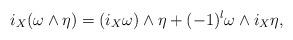
LaTeX: \begin{align*}i_X(\omega\wedge \eta)=(i_X\omega)\wedge \eta+(-1)^l\omega\wedge i_X\eta,\end{align*}